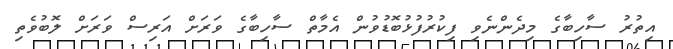
އިތުރު ސާހިބާގެ މިދެންނެވި ފިކުރުފުޅުބޮޑުވުން އެމާތް ސާހިބާގެ ވަރަށް އަރިސް ވަރަށް ލޮބުވެތި